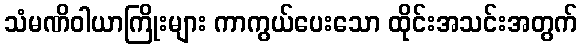
သံမဏိဝါယာကြိုးများ ကာကွယ်ပေးသော ထိုင်းအသင်းအတွက်